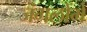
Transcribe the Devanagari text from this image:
जंगलोंमें